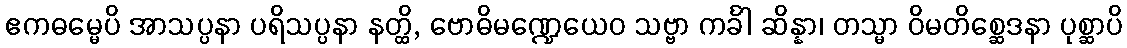
ဧကဓမ္မေပိ အာသပ္ပနာ ပရိသပ္ပနာ နတ္ထိ, ဗောဓိမဏ္ဍေယေဝ သဗ္ဗာ ကင်္ခါ ဆိန္နာ၊ တသ္မာ ဝိမတိစ္ဆေဒနာ ပုစ္ဆာပိ